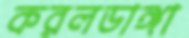
করলডাঙ্গা